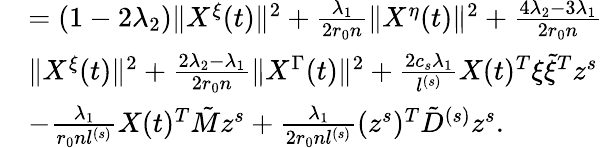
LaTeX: \begin{array}{rl}&{=(1-2\lambda_{2})\| X^{\xi}(t)\| ^{2}+\frac{\lambda_{1}}{2r_{0}n}\| X^{\eta}(t)\| ^{2}+\frac{4\lambda_{2}-3\lambda_{1}}{2r_{0}n}}\\ &{\| X^{\xi}(t)\| ^{2}+\frac{2\lambda_{2}-\lambda_{1}}{2r_{0}n}\| X^{\Gamma}(t)\| ^{2}+\frac{2c_{s}\lambda_{1}}{l^{(s)}}X(t)^{T}\xi\tilde{\xi}^{T}z^{s}}\\ &{-\frac{\lambda_{1}}{r_{0}nl^{(s)}}X(t)^{T}\tilde{M}z^{s}+\frac{\lambda_{1}}{2r_{0}nl^{(s)}}(z^{s})^{T}\tilde{D}^{(s)}z^{s}.}\end{array}